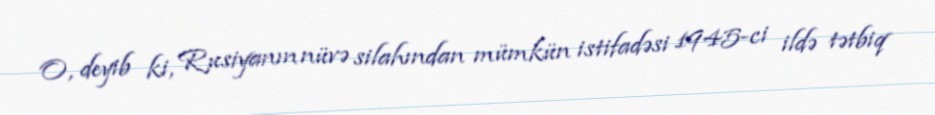
O, deyib ki, Rusiyanın nüvə silahından mümkün istifadəsi 1945-ci ildə tətbiq